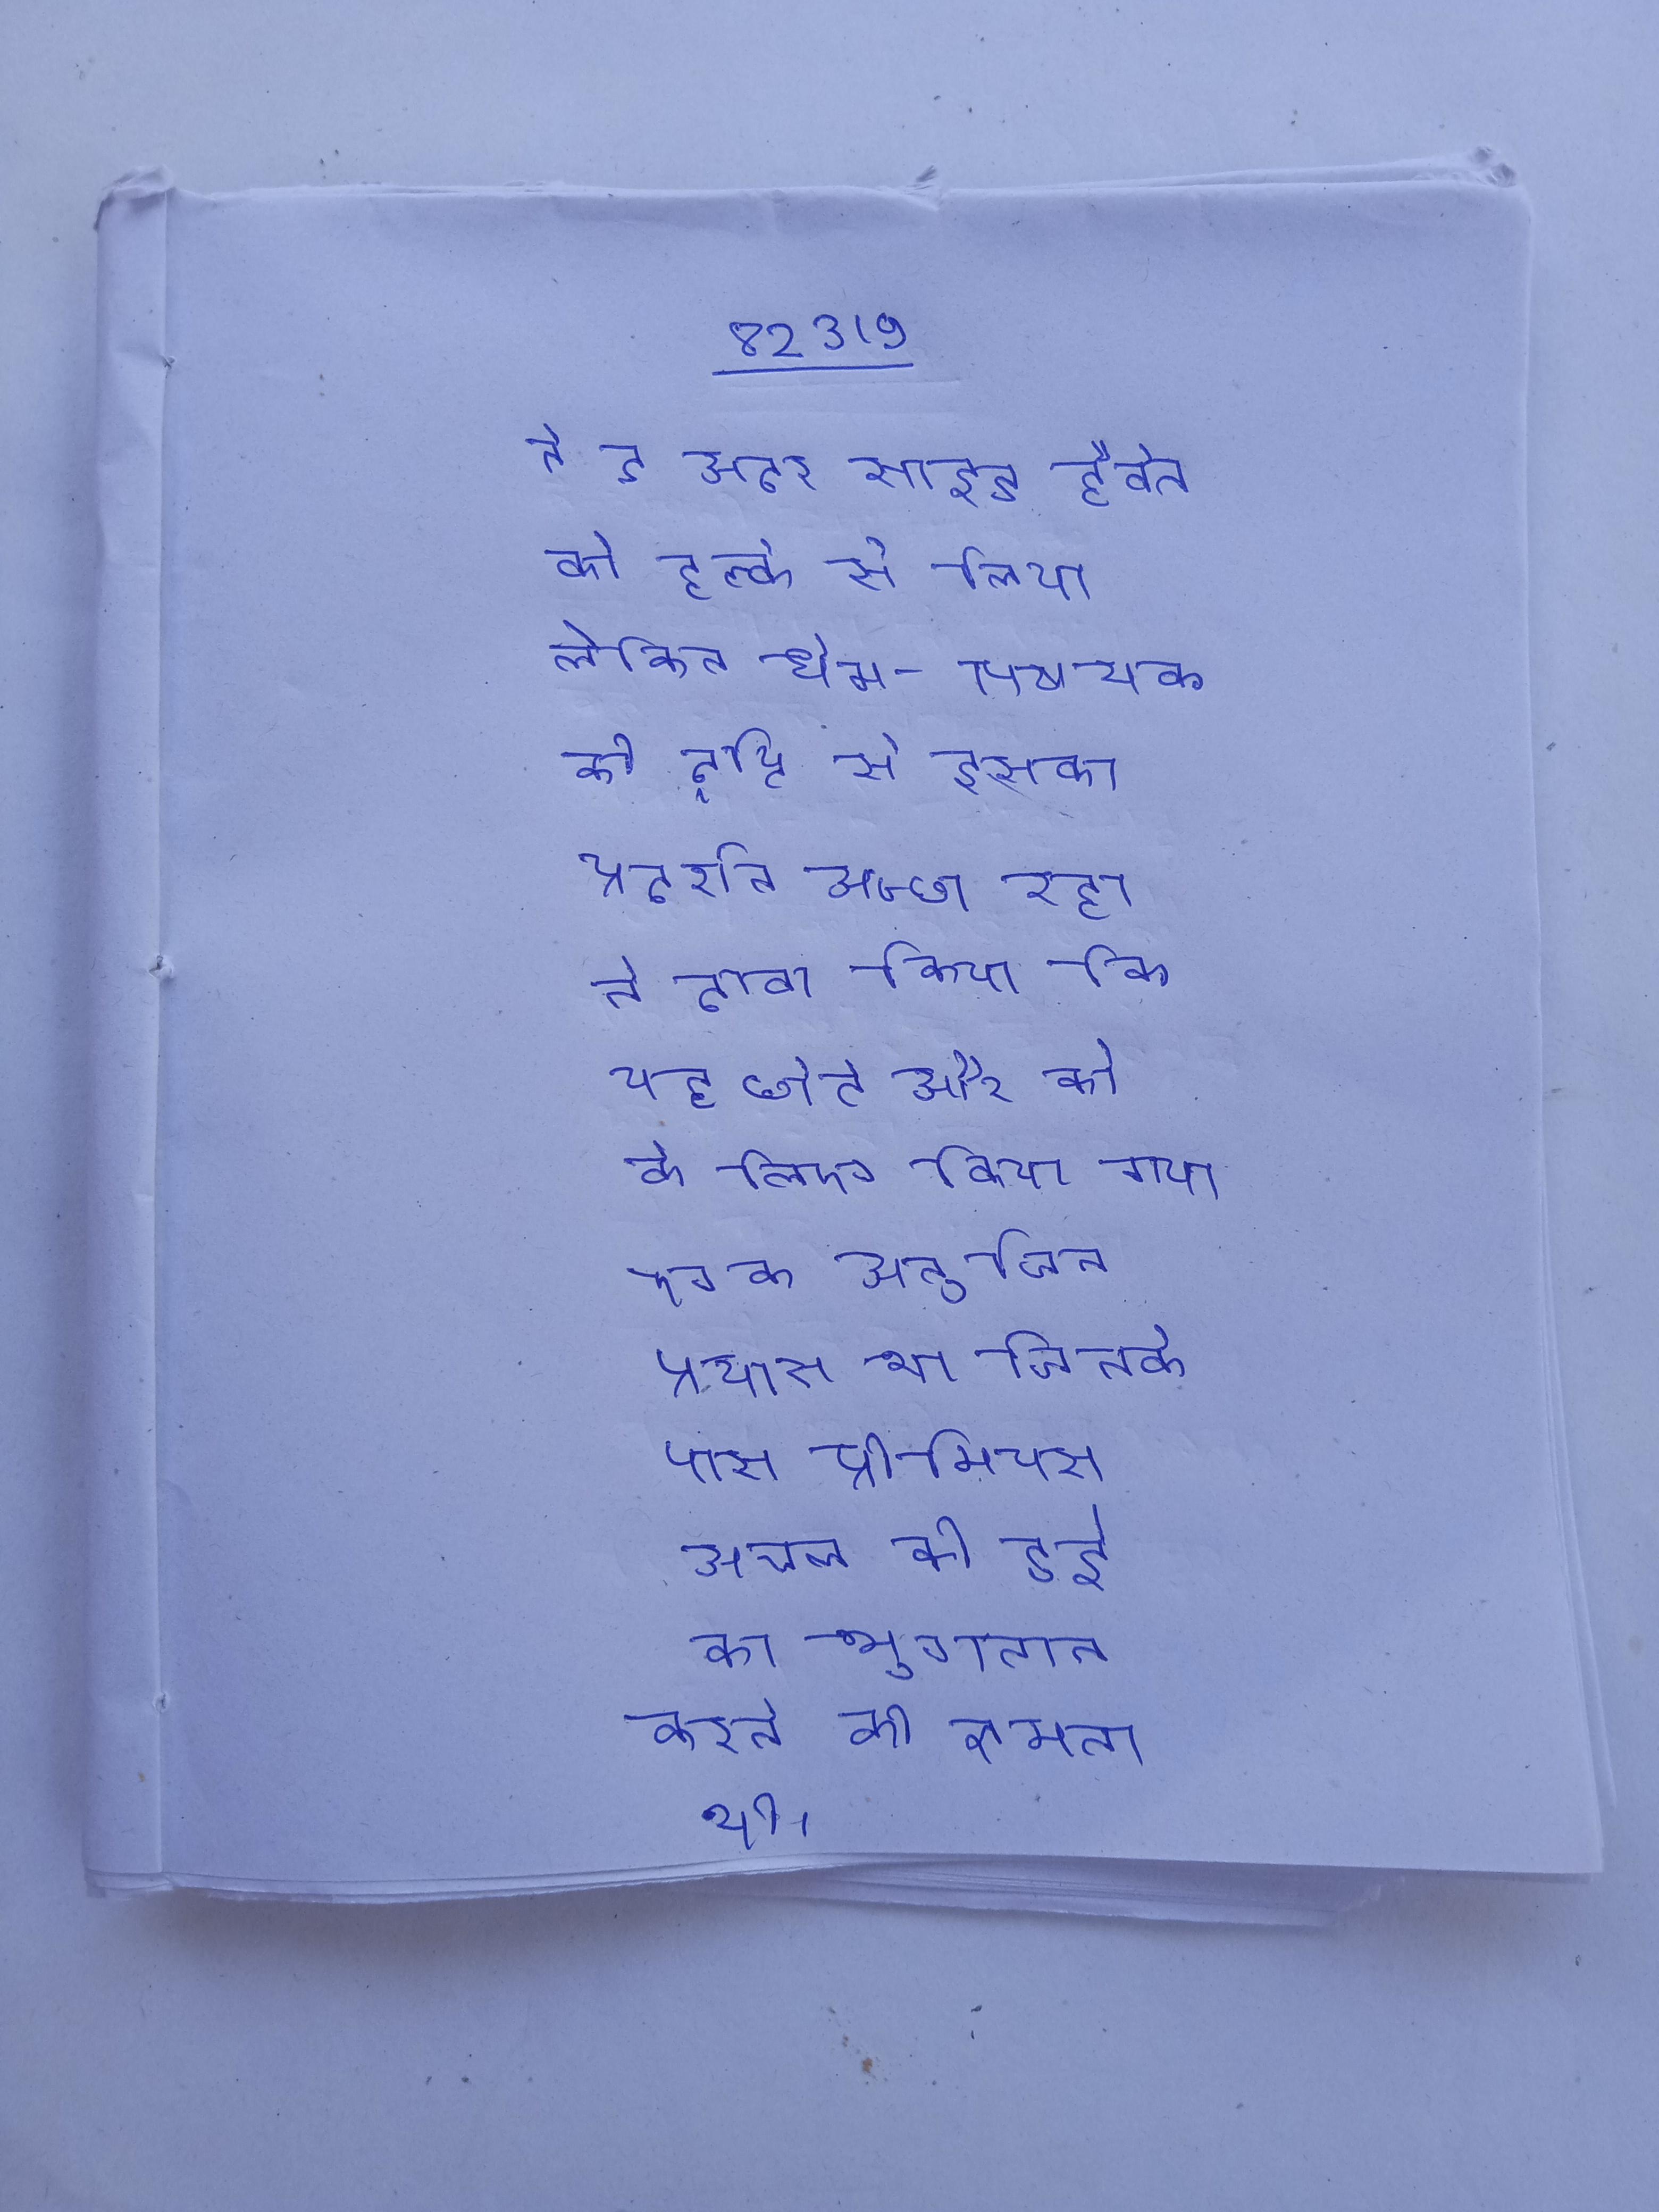
ने द अदर साइड हेवेन को हल्के से लिया, लेकिन धर्म-विषयक की दृष्टि से इसका प्रदर्शन अच्छा रहा । ने दावा किया कि यह छोटे और को के लिए किया गया एक अनुचित प्रयास था जिनके पास प्रीमियम अचल की हुई का भुगतान करने की क्षमता थी ।